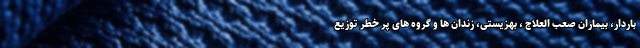
باردار، بیماران صعب العلاج ، بهزیستی، زندان ها و گروه های پر خطر توزیع